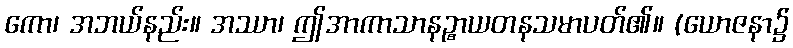
ကော၊ အဘယ်နည်း။ အဿာ၊ ဤအာကာသာနဉ္စာယတနသမာပတ်၏။ (ယောဇနာ၌